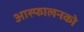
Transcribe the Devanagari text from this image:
आस्फालनको